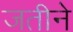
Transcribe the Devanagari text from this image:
जतीने